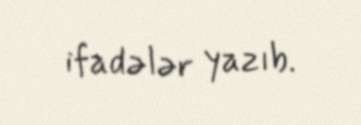
ifadələr yazıb.